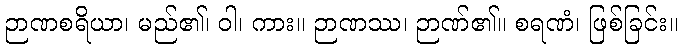
ဉာဏစရိယာ၊ မည်၏၊ ဝါ၊ ကား။ ဉာဏဿ၊ ဉာဏ်၏။ စရဏံ၊ ဖြစ်ခြင်း။